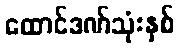
ထောင်ဒဏ်သုံးနှစ်